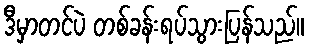
ဒီမှာတင်ပဲ တစ်ခန်းရပ်သွားပြန်သည်။